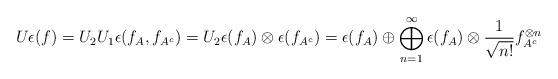
LaTeX: \begin{align*}U\epsilon(f)=U_2U_1\epsilon(f_A,f_{A^c})=U_2\epsilon(f_A)\otimes \epsilon(f_{A^c})=\epsilon(f_A)\oplus \bigoplus_{n=1}^\infty \epsilon(f_A)\otimes \frac{1}{\sqrt{n!}}f_{A^c}^{\otimes n}\end{align*}